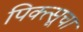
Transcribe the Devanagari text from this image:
पिक्त्सूचा